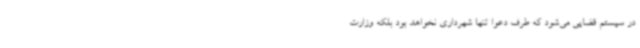
در سیستم قضایی می‌شود که طرف دعوا تنها شهرداری نخواهد بود بلکه وزارت